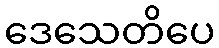
ဒေသေတိပေ